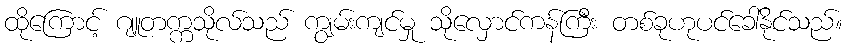
ထိုကြောင့် ဂျူတက္ကသိုလ်သည် ကျွမ်းကျင်မှု သိုလှောင်ကန်ကြီး တစ်ခုဟုပင်ခေါ်နိုင်သည်။